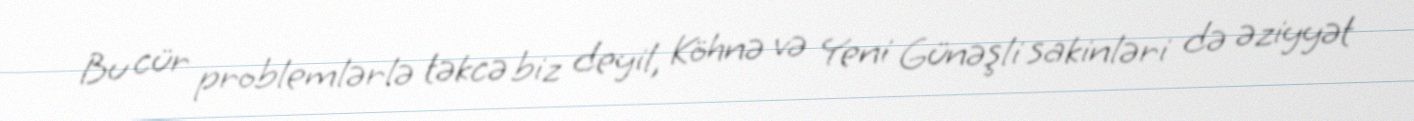
Bu cür problemlərlə təkcə biz deyil, Köhnə və Yeni Günəşli sakinləri də əziyyət